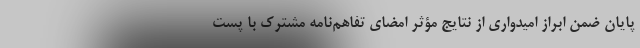
پایان ضمن ابراز امیدواری از نتایج مؤثر امضای تفاهم‌نامه مشترک با پست